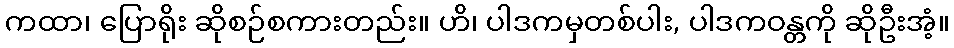
ကထာ၊ ပြောရိုး ဆိုစဉ်စကားတည်း။ ဟိ၊ ပါဒကမှတစ်ပါး, ပါဒကဝန္တကို ဆိုဦးအံ့။